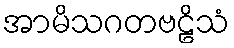
အာမိသဂတဗဠိသံ